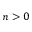
n > 0